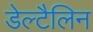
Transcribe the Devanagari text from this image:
डेल्टैलिन